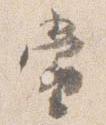
当